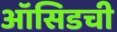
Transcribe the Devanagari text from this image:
ऑसिडची